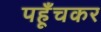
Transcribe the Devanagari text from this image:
पहूँचकर